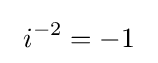
\ i^{-2}=-1{\phantom {i}}